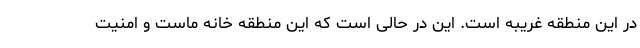
در این منطقه غریبه است. این در حالی است که این منطقه خانه ماست و امنیت